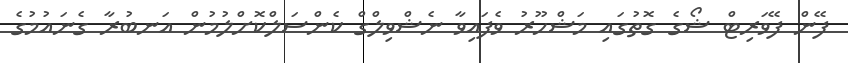
ފޭން ފޭވަރިޓް ޝޯގެ ގޮތުގައި މަޝްހޫރު ވެފައިވާ ނެޝްވިލްގް ކެންސަލްކޮށްލުމުން އަނބުރާ ގެނައުމުގެ